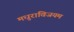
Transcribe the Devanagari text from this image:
मधुराविजयम